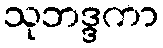
သုဘဒ္ဒကာ